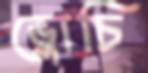
ভ্লোচি